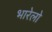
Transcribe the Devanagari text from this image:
भारेलो